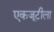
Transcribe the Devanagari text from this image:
एकजूटीला